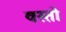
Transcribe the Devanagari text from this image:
वस्तो